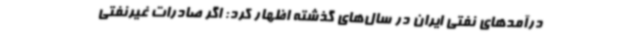
درآمدهای نفتی ایران در سال‌های گذشته اظهار کرد: اگر صادرات غیرنفتی